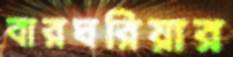
বারঘরিয়ার